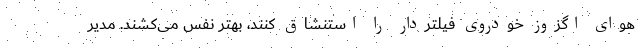
هوای اگزوز خودروی فیلتردار را استنشاق کنند، بهتر نفس می‌کشند. مدیر